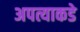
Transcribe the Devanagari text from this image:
अपत्याकडे